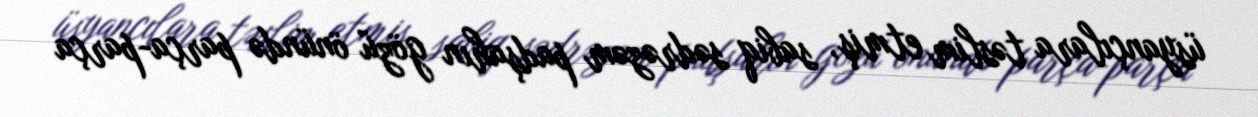
üsyançılara təslim etmiş, sabiq sədrəzəm padşahın gözü önündə parça-parça